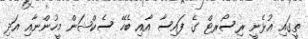
ތީގައި އުޅެނީ ރިސޯރޓް ގެ ފައިސާ އާއި ބެހޭ ސެކްޝަން މީހުންނާއި އަދި